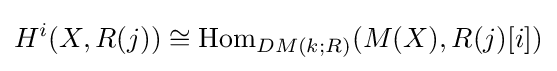
H^{i}(X,R(j))\cong {\text{Hom}}_{DM(k;R)}(M(X),R(j)[i])